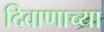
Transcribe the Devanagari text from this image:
दिवाणाच्या